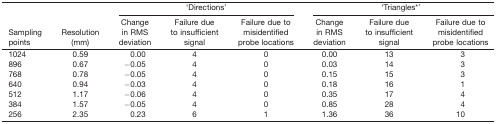
|  |  | <COLSPAN=3> ‘Directions’ | <COLSPAN=3> ‘Triangles*’ |
 | Sampling points | Resolution (mm) | Change in RMS deviation | Failure due to insufficient signal | Failure due to misidentified probe locations | Change in RMS deviation | Failure due to insufficient signal | Failure due to misidentified probe locations |
 | --- | --- | --- | --- | --- | --- | --- | --- |
 | 1024 | 0.59 | 0.00 | 4 | 0 | 0.00 | 13 | 3 |
 | 896 | 0.67 | −0.05 | 4 | 0 | 0.03 | 14 | 3 |
 | 768 | 0.78 | −0.05 | 4 | 0 | 0.15 | 15 | 3 |
 | 640 | 0.94 | −0.03 | 4 | 0 | 0.18 | 16 | 1 |
 | 512 | 1.17 | −0.06 | 4 | 0 | 0.35 | 17 | 4 |
 | 384 | 1.57 | −0.05 | 4 | 0 | 0.85 | 28 | 4 |
 | 256 | 2.35 | 0.23 | 6 | 1 | 1.36 | 36 | 10 |